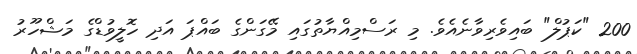
200 "ކަޕުލް" ބައިވެރިވާނެއެވެ. މި ރަސްމިއްޔާތުގައި މޭގަންގެ ބައްޕަ އަދި ހޮލީވުޑްގެ މަޝްހޫރު